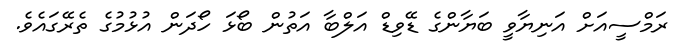
ރަމްސީއަށް އަނިޔާވީ ބަޔާންގެ ޑޭވިޑް އަލްބާ އަތުން ބޯޅަ ހޯދަން އުޅުމުގެ ތެރޭގައެވެ.